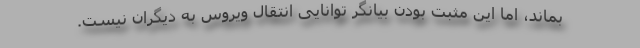
بماند، اما این مثبت بودن بیانگر توانایی انتقال ویروس به دیگران نیست.